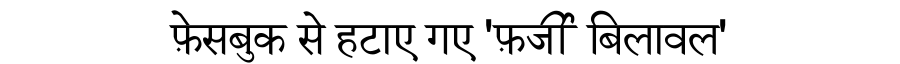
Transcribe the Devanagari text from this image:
फ़ेसबुक से हटाए गए 'फ़र्जी बिलावल'